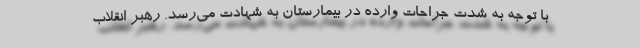
با توجه به شدت جراحات وارده در بیمارستان به شهادت می‌رسد. رهبر انقلاب